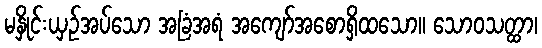
မနှိုင်းယှဉ်အပ်သော အခြံအရံ အကျော်အစောရှိထသော။ သောဝသတ္ထာ၊